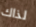
لذاك